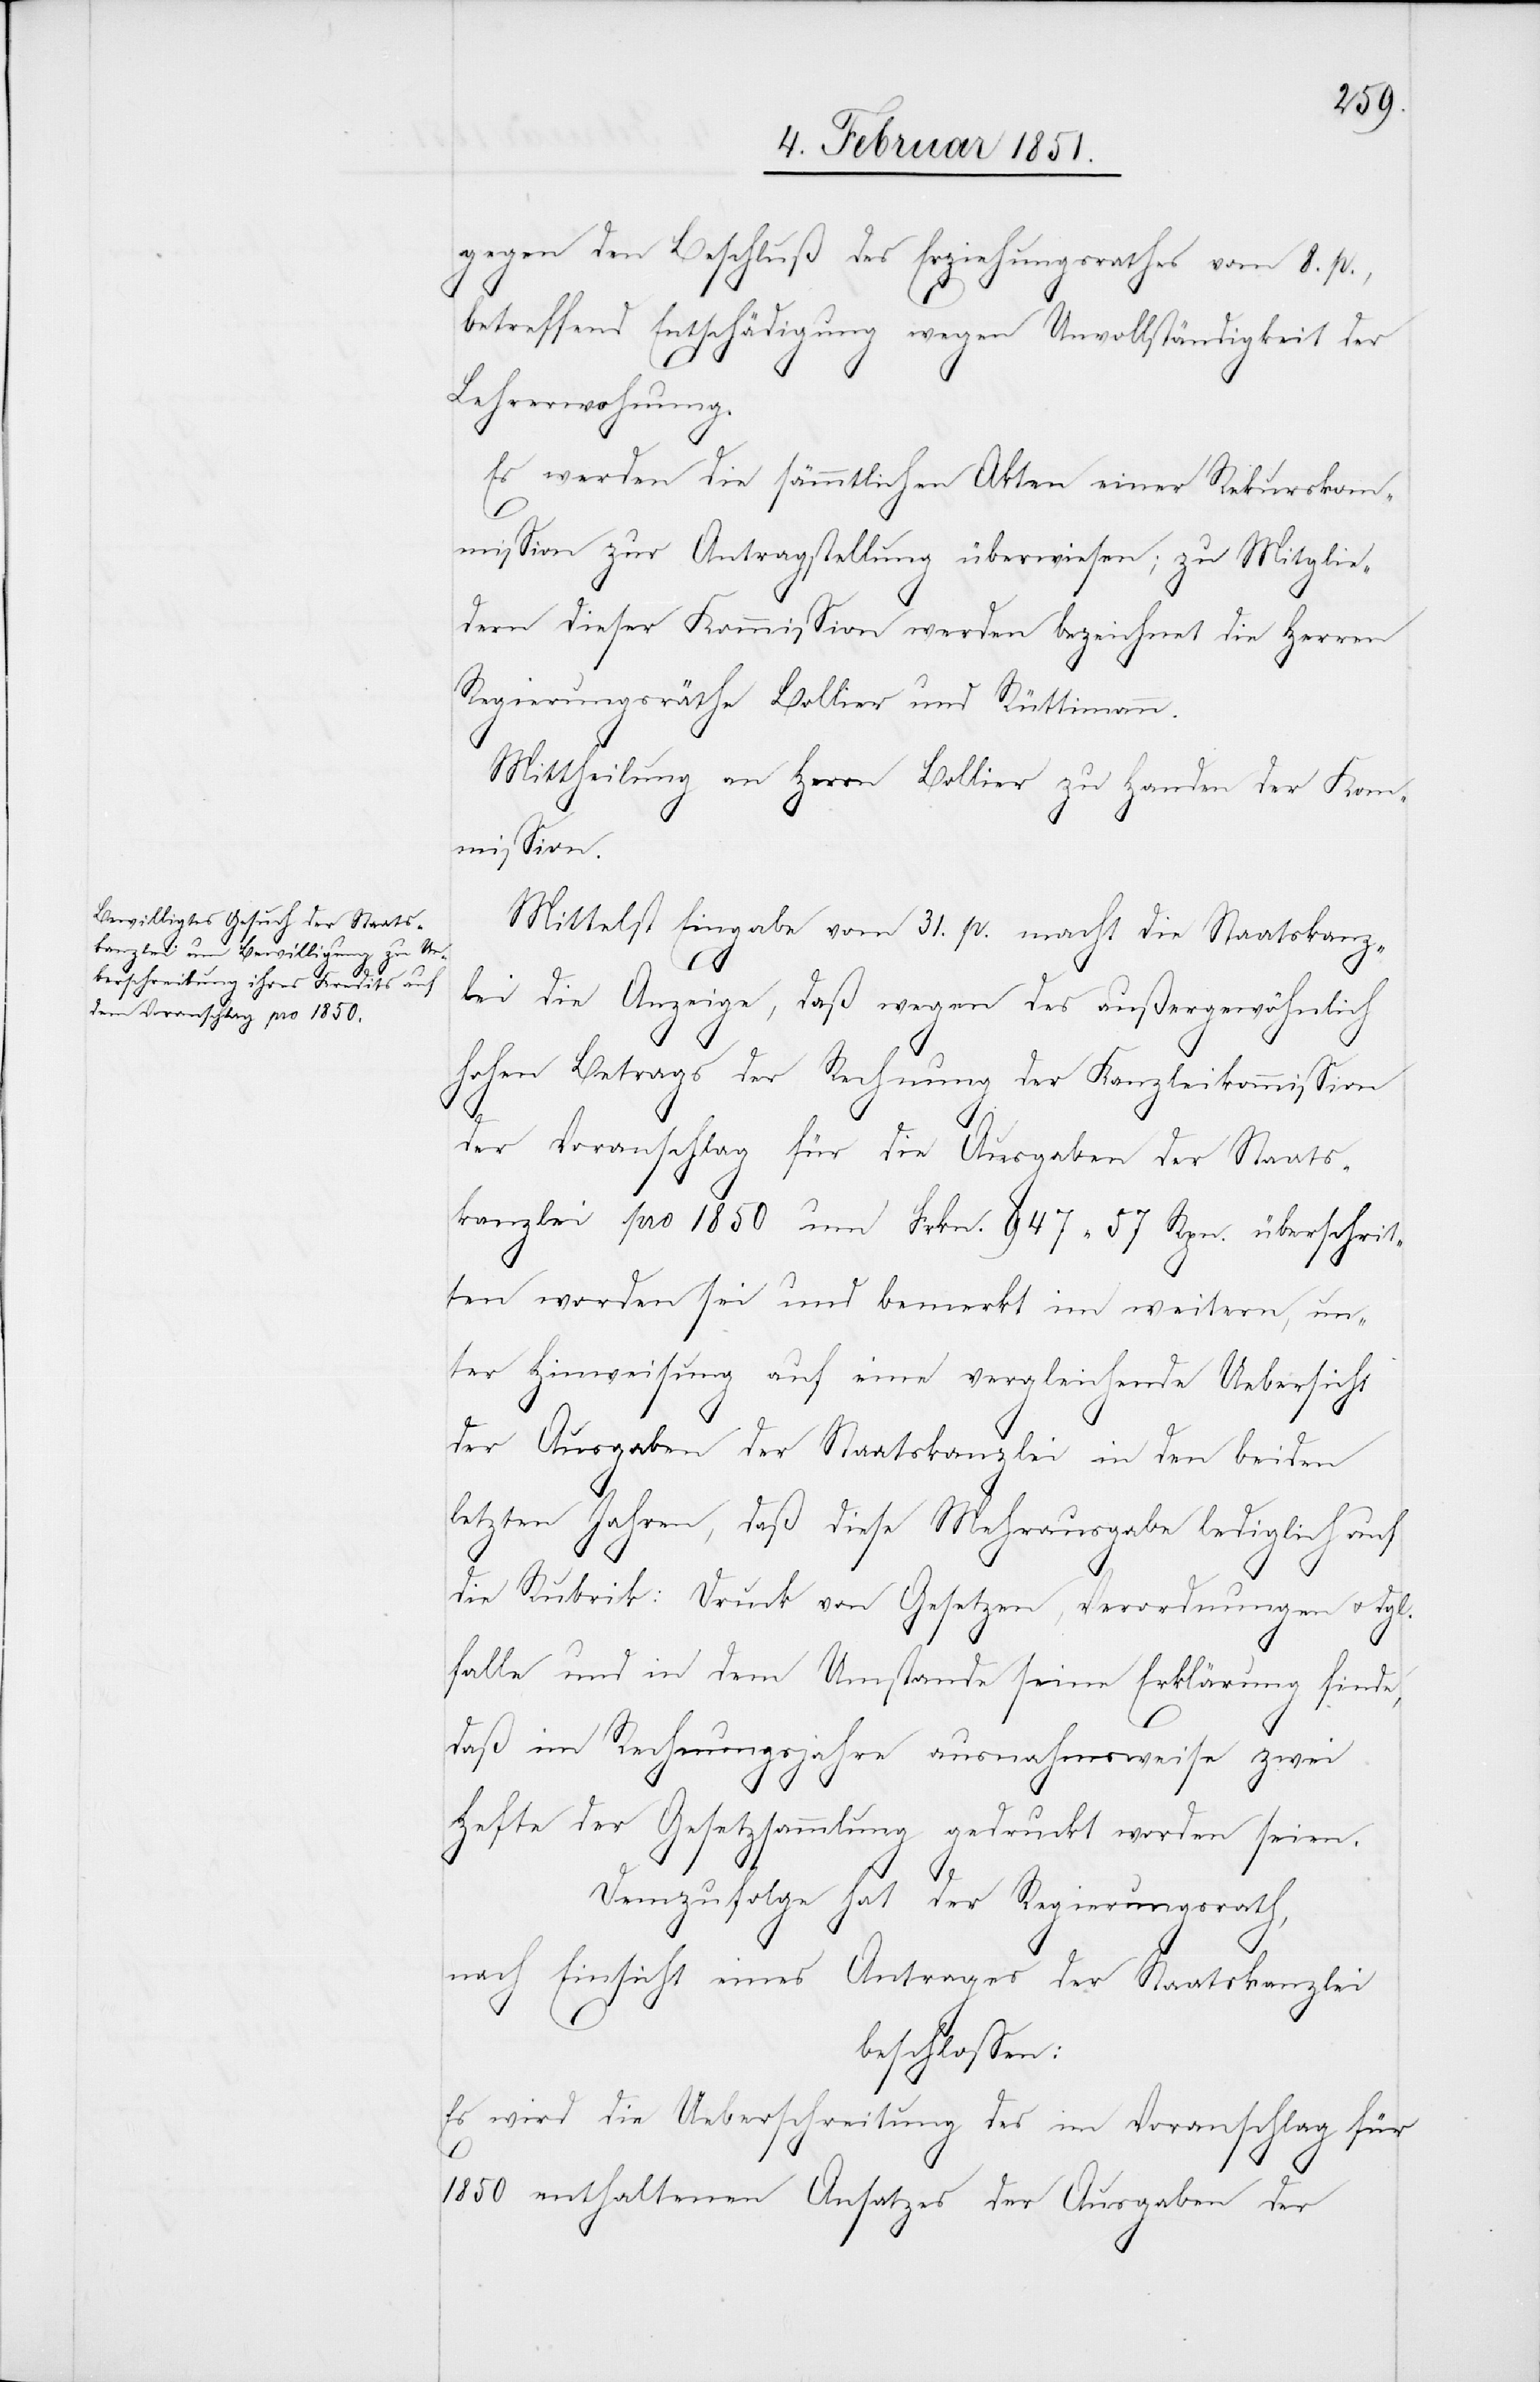
gegen den Beschluß des Erziehungsrathes vom 8. p.,
betreffend Entschädigung wegen Unvollständigkeit der
Lehrerwohnung.
Es werden die sämmtlichen Akten einer Rekursko¬
mmission zur Antragstellung überwiesen; zu Mitglie¬
dern dieser Kommission werden bezeichnet die Herren
Regierungsräthe Bollier und Rüttimann.
Mittheilung an Herrn Bollier zu Handen der Kom¬
mission.
Mittelst Eingabe vom 31. p. macht die Staatskanz¬
lei die Anzeige, daß wegen des außergewöhnlich
hohen Betrags der Rechnung der Kanzleikommission
der Voranschlag für die Ausgaben der Staats¬
kanzlei pro 1850 um Frkn. 947 57 Rpn. überschrit¬
ten worden sei und bemerkt im weitern, un¬
ter Hinweisung auf eine vergleichende Uebersicht
der Ausgaben der Staatskanzlei in den beiden
letzten Jahren, daß diese Mehrausgabe lediglich auf
die Rubrik: Druck von Gesetzen, Verordnungen u. dgl.
falle und in dem Umstande seine Erklärung finde,
daß im Rechnungsjahre ausnahmsweise zwei
Hefte der Gesetzsammlung gedruckt worden seien.
Demzufolge hat der Regierungsrath,
nach Einsicht eines Antrages der Staatskanzlei
beschlossen:
Es wird die Ueberschreitung des im Voranschlag für
1850 enthaltenen Ansatzes der Ausgaben der